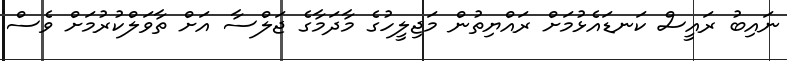
ނައިބު ރައީސް ކަނޑައެޅުމަށް ރައްޔިތުން މަޖިލީހުގެ މާދަމާގެ ޖަލްސާ އަށް ތާވަލްކުރުމަށް ވެސް